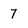
Character: 7